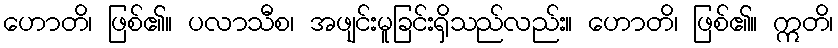
ဟောတိ၊ ဖြစ်၏။ ပလာသီစ၊ အဖျင်းမူခြင်းရှိသည်လည်း။ ဟောတိ၊ ဖြစ်၏။ ဣတိ၊